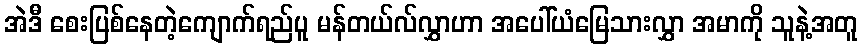
အဲဒီ စေးပြစ်နေတဲ့ကျောက်ရည်ပူ မန်တယ်လ်လွှာဟာ အပေါ်ယံမြေသားလွှာ အမာကို သူနဲ့အတူ